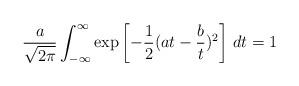
LaTeX: \begin{align*}\frac{a}{\sqrt{2\pi}}\int_{-\infty}^{\infty}\exp\left[-\frac{1}{2}(at-\frac{b}{t})^2\right]\, dt =1\end{align*}